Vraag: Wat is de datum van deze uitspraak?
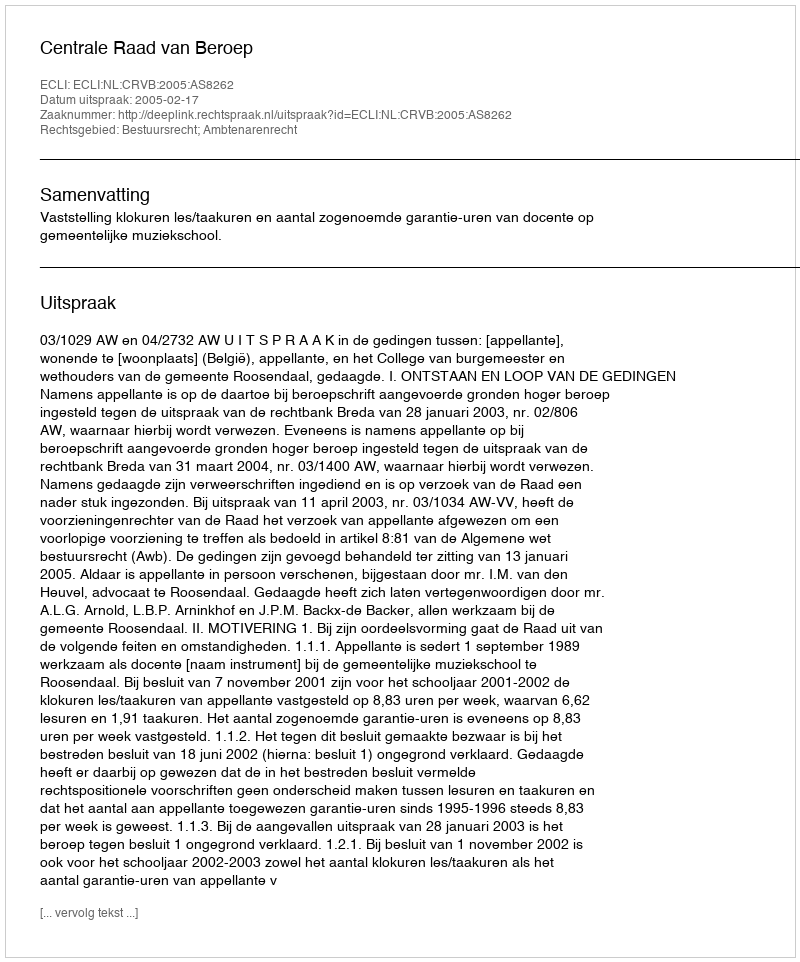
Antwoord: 2005-02-17